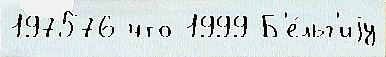
197576 что 1999 Б'е́льг'иjу